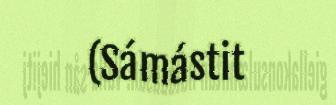
(Sámástit